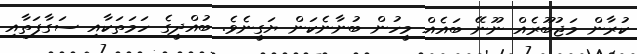
ކުރާން މަޖުބޫރެއް ނޫނޭ ބައެއް މީހުން ބުނާނެކަން ޔަގީނެވެ. ބުއްދީގެ ހަމަތަކާއި ސަގާފަތާއި